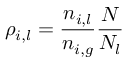
\begin{array} { r } { \rho _ { i , l } = \displaystyle \frac { n _ { i , l } } { n _ { i , g } } \displaystyle \frac { N } { N _ { l } } } \end{array}